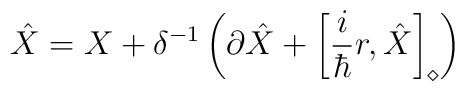
\hat{X} = X + \delta^{-1} \left( \partial \hat{X} +   \left[\frac{i}{\hbar} r, \hat{X}\right]_\diamond \right)